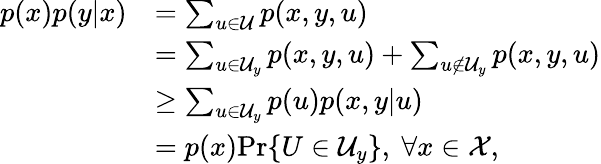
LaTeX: \begin{array}{rl}{p(x)p(y|x)}&{=\sum_{u\in\mathcal{U}}p(x,y,u)}\\ &{=\sum_{u\in\mathcal{U}_{y}}p(x,y,u)+\sum_{u\not\in\mathcal{U}_{y}}p(x,y,u)}\\ &{\geq\sum_{u\in\mathcal{U}_{y}}p(u)p(x,y|u)}\\ &{=p(x)\textnormal{Pr}\{ U\in\mathcal{U}_{y}\} ,\ \forall x\in\mathcal{X},}\end{array}